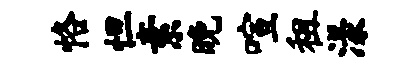
恪怛素晚喧租漾